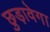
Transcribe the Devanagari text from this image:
छुड़ावेगा